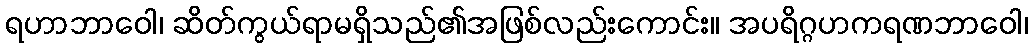
ရဟာဘာဝေါ၊ ဆိတ်ကွယ်ရာမရှိသည်၏အဖြစ်လည်းကောင်း။ အပရိဂ္ဂဟကရဏဘာဝေါ၊